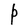
Character: P